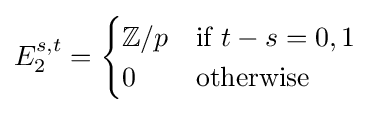
E_{2}^{s,t}={\begin{cases}\mathbb {Z} /p&{\text{if }}t-s=0,1\\0&{\text{otherwise }}\end{cases}}